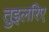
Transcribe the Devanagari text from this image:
तुइलरिए